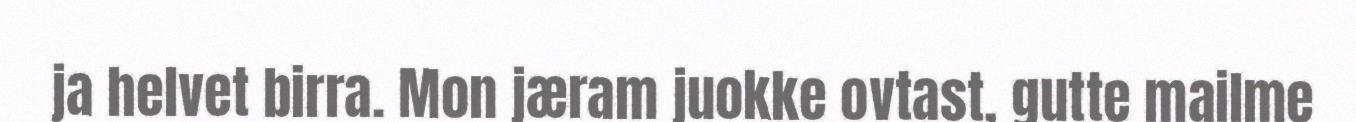
ja helvet birra. Mon jæram juokke ovtast, gutte mailme